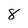
Character: 8